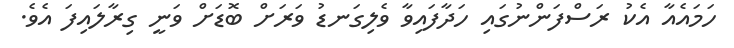
ހަމައެއާ އެކު ރަސްފަންނުގައި ހަދާފައިވާ ވެލިގަނޑު ވަރަށް ބޮޑަށް ވަނީ ގިރާލައިފަ އެވެ.